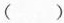
()